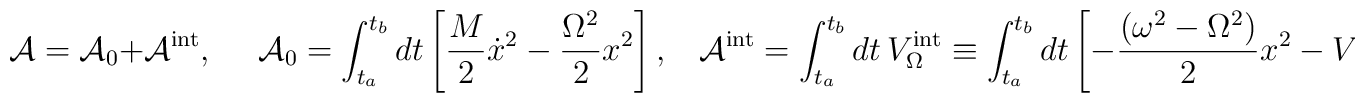
{\cal A}={\cal A}_0+{\cal A}^{\rm int},~~~~~~{\cal A}_0=\int_{t_a}^{t_b} dt\left[\frac{M}{2}\dot x^2-\frac{ \Omega ^2}{2}x^2\right] ,~~~~{\cal A}^{\rm int}=\int_{t_a}^{t_b} dt\,V^{\rm int}_{\Omega}\equiv\int_{t_a}^{t_b} dt\left[-\frac{( \omega ^2- \Omega ^2)}{2}x^2-V^{\rm int}(x)\right] ,